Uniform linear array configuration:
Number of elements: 4
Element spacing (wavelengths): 0.75
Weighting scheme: binomial
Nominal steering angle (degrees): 45
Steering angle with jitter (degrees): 44.128
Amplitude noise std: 0.05
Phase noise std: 0.05

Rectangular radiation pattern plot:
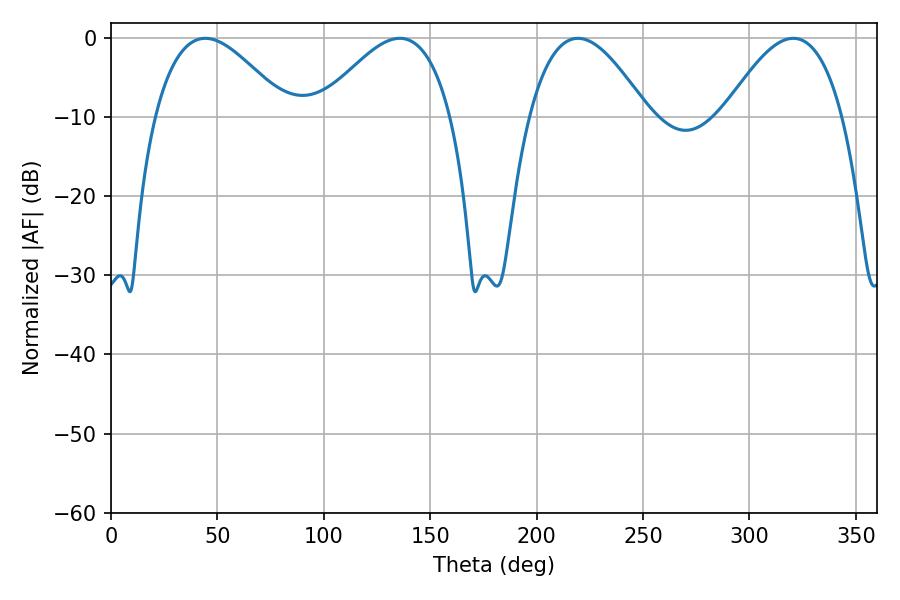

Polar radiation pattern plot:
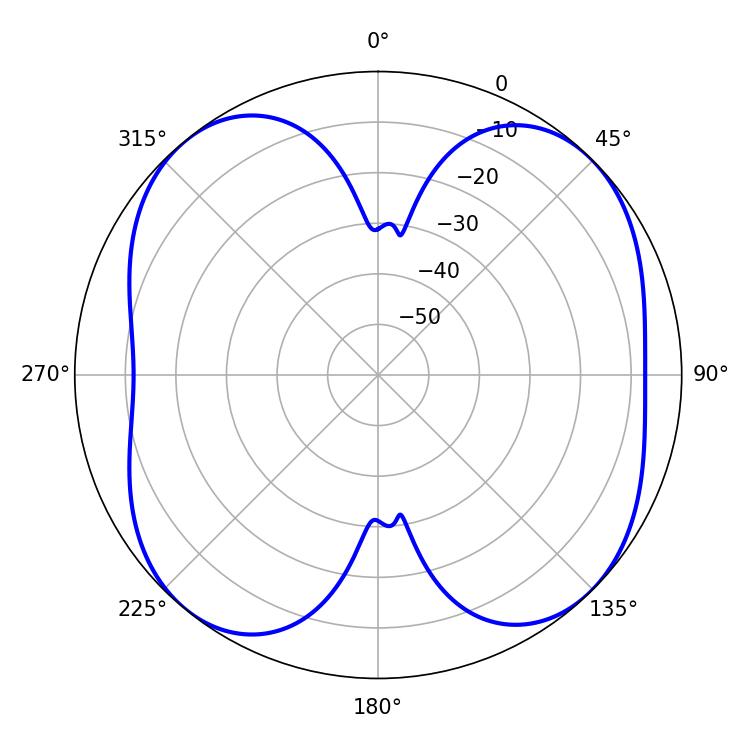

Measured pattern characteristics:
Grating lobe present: TRUE
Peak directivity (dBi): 10.456
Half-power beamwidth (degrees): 30.42
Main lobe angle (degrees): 219.42